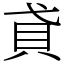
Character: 貣